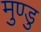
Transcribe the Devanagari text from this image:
मुण्डु